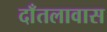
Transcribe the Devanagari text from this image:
दाँतलावास